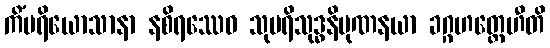
ကိံပရိယောသာနာ နစိရဿေဝ သုပရိသုဒ္ဓနိပုဏနယာ ခဂ္ဂဟတ္ထေဟီတိ